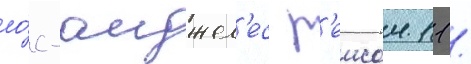
ло́с-анджел'ес р'еисом 11 /